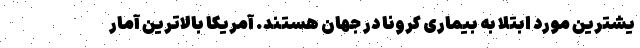
یشترین مورد ابتلا به بیماری کرونا در جهان هستند. آمریکا بالاترین آمار